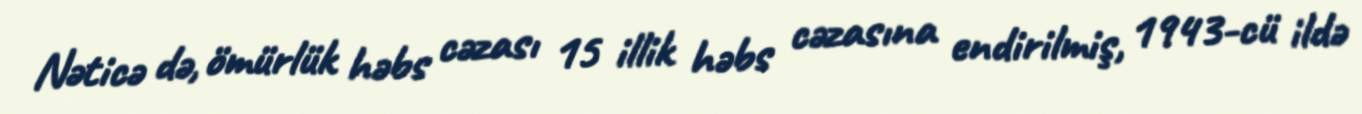
Nəticə də, ömürlük həbs cəzası 15 illik həbs cəzasına endirilmiş, 1943-cü ildə